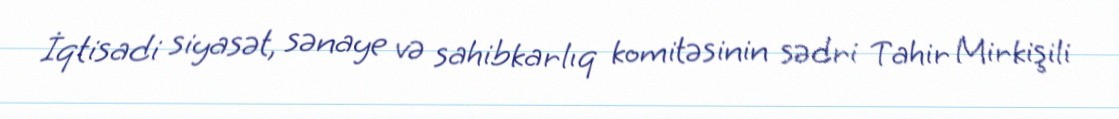
İqtisadi siyasət, sənaye və sahibkarlıq komitəsinin sədri Tahir Mirkişili